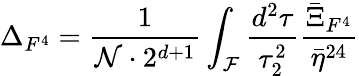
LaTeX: \Delta_{F^{4}}=\frac{1}{{\cal{N}}\cdot 2^{d+1}}\int_{{\cal F}}\frac{d^{2}\tau}{\tau_{2}^{2}}\frac{\bar{\Xi}_{F^{4}}}{\bar{\eta}^{24}}